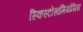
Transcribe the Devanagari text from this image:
स्किस्टोसॉमियोसिस